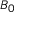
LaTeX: \scriptstyle B _ { 0 }